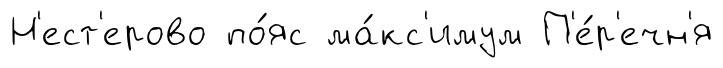
Н'ест'ерово по́яс ма́кс'имум П'е́р'ечн'я